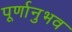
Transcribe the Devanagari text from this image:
पूर्णानुभव